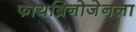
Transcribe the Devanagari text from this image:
फायब्रिनोजेनला